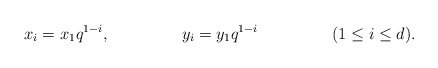
\begin{align*} x_i &= x_1 q^{1-i}, & y_i &= y_1 q^{1-i} && (1 \leq i \leq d). \end{align*}